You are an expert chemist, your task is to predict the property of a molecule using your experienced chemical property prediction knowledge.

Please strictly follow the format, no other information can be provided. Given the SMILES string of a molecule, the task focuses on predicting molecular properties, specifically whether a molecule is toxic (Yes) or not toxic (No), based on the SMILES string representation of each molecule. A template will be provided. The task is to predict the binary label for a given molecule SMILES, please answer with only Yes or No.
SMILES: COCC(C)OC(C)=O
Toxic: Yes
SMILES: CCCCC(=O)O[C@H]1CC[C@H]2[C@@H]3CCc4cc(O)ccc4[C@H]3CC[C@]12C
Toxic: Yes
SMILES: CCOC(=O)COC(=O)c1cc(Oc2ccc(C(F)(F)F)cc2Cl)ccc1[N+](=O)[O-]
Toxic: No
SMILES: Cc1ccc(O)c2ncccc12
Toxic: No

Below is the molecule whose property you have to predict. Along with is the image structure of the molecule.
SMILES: CCOC(=O)COc1cc(-c2nn(C)c(OC(F)F)c2Cl)c(F)cc1Cl
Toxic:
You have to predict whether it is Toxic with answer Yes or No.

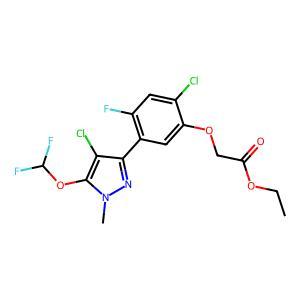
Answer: No